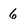
Character: 6